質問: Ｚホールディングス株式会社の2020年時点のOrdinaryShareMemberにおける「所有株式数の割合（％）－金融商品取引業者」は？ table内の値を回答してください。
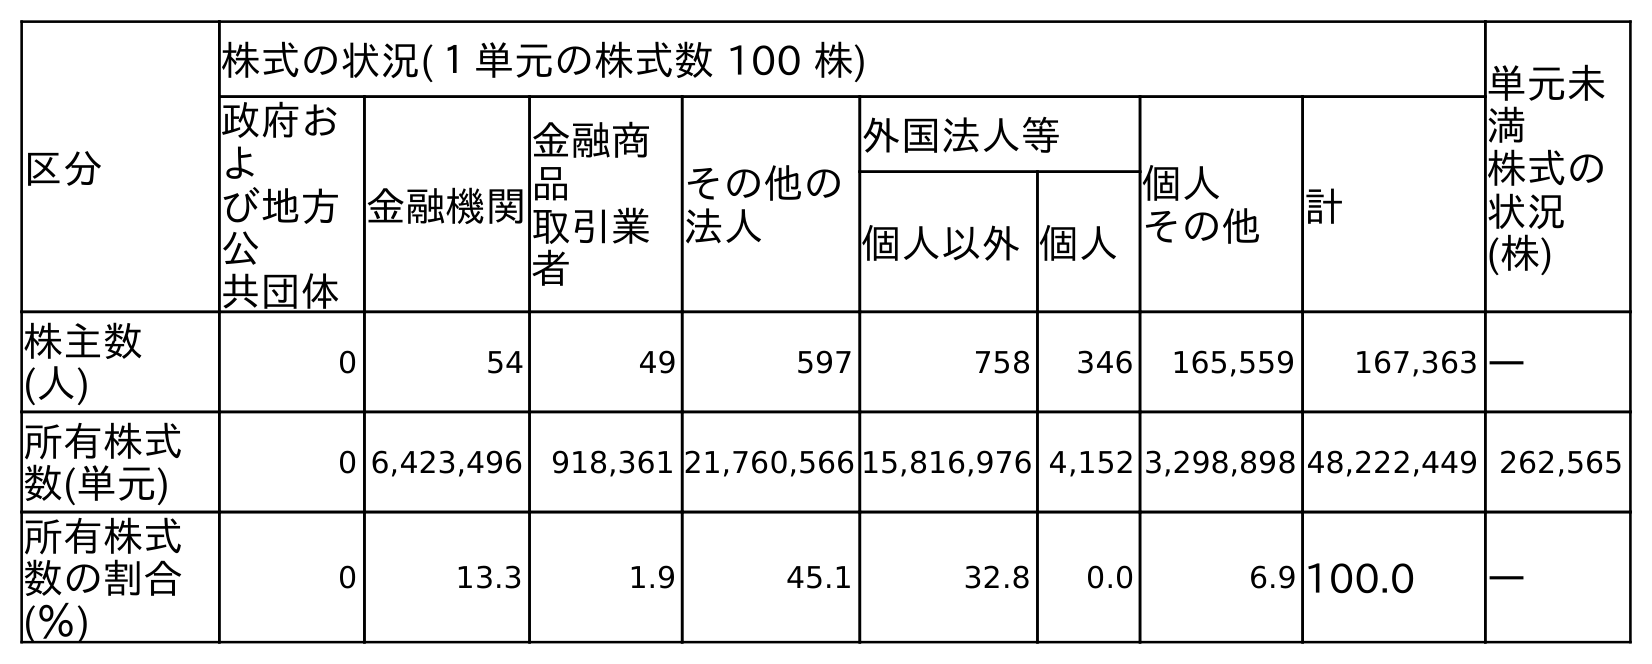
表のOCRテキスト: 区分 株式の状況(１単元の株式数 100 株) 単元未 満 株式の 状況 (株) 政府お よ び地方 公 共団体 金融機関 金融商 品 取引業 者 その他の 法人 外国法人等 個人 その他 計 個人以外個人 株主数 (人) 0 54 49 597 758 346 165,559 167,363 ― 所有株式 数(単元) 0 6,423,496 918,361 21,760,566 15,816,976 4,152 3,298,898 48,222,449 262,565 所有株式 数の割合 (％) 0 13.3 1.9 45.1 32.8 0.0 6.9 100.0 ―
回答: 1.9